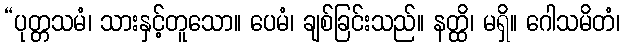
“ပုတ္တသမံ၊ သားနှင့်တူသော။ ပေမံ၊ ချစ်ခြင်းသည်။ နတ္ထိ၊ မရှိ။ ဂေါသမိတံ၊